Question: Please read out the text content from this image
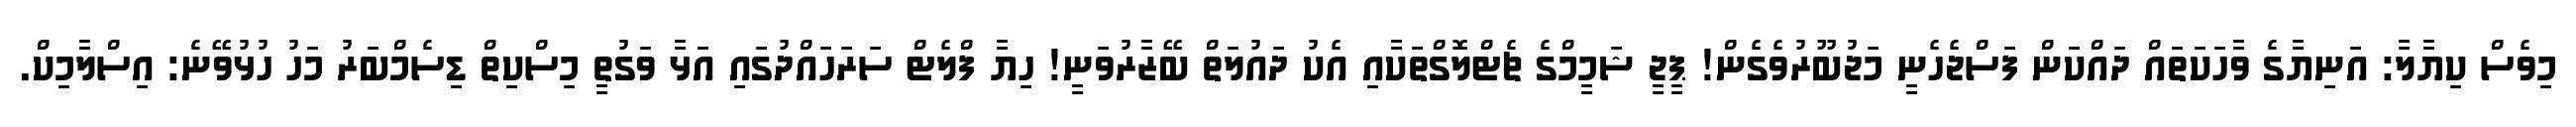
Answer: މިވެސް ކިޔާލާ: އަނިޔާގެ ވާހަކަތައް ދައްކަން ފަސްޖެހެނީ މަޖުބޫރުވެގެން! ޕީޖީ ޝަމީމްގެ ޗެޓްލޮގްތަކާއި އެކު ދައުލަތް ބޭޒާރުވަނީ! ހިޔާ ފްލެޓް ސަރަހައްދުގައި އަޅާ ވަގުތީ މިސްކިތް ޑިސެމްބަރު މަހު ހުޅުވޭނެ: އިސްލާމިކް.